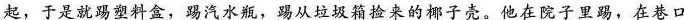
起，于是就踢塑料盒，踢汽水瓶，踢从垃圾箱捡来的椰子壳。他在院子里踢，在巷口